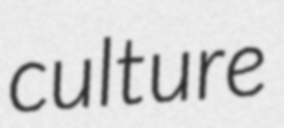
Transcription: culture